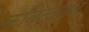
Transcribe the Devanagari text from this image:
कवित्वपक्ष